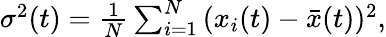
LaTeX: \begin{array}{r}{\sigma^{2}(t)=\frac{1}{N}\sum_{i=1}^{N}{(x_{i}(t)-\bar{x}(t))^{2}},}\end{array}